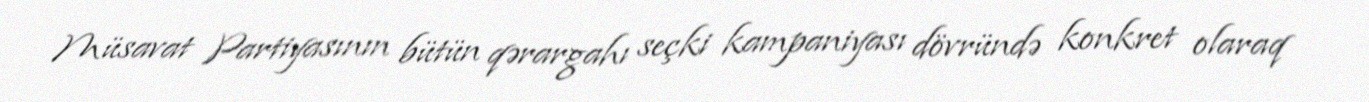
Müsavat Partiyasının bütün qərargahı seçki kampaniyası dövründə konkret olaraq